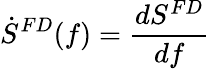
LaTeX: \dot{S}^{FD}(f)=\frac{dS^{FD}}{df}